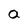
Character: a